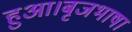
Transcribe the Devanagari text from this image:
हुआ।बृजभाषा